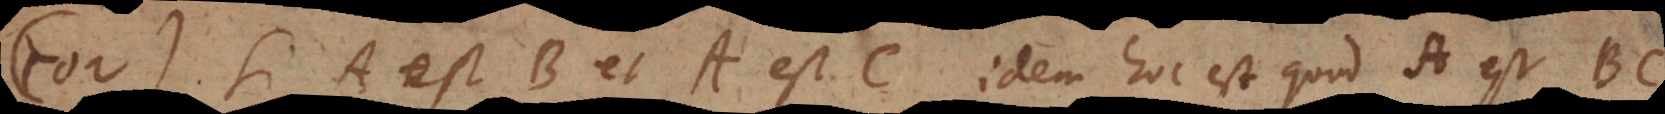
02) Si A est B et A est C, idem hoc est quod A est BC.